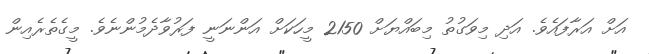
އަށް އަރާފައެވެ. އަދި މިވަގުތު މިބައްޔަށް 2150 މީހަކަށް އަންނަނީ ފަރުވާދެމުންނެވެ. މީގެތެރެއިން